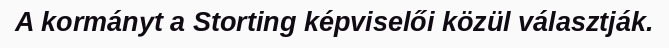
A kormányt a Storting képviselői közül választják.